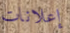
إعلانات